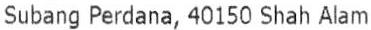
SUBANG PERDANA, 40150 SHAH ALAM